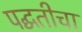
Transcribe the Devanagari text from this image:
पद्घतीचा